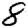
Digit: 8